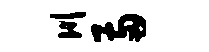
川两